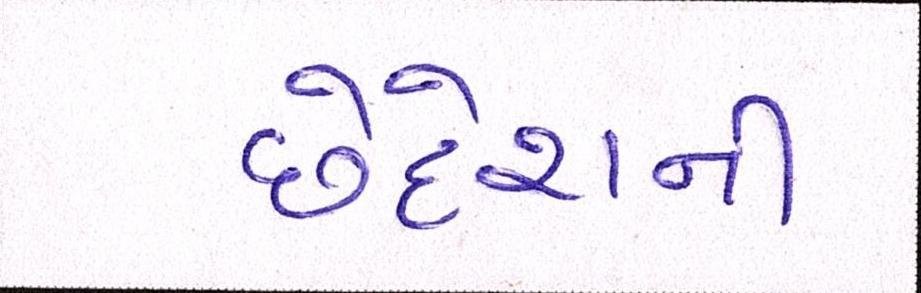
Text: છેદેશની